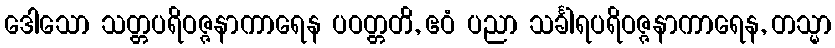
ဒေါသော သတ္တပရိဝဇ္ဇနာကာရေန ပဝတ္တတိ, ဧဝံ ပညာ သင်္ခါရပရိဝဇ္ဇနာကာရေန, တသ္မာ